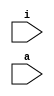
//modiffications by GabrielD at BigSurSoftware.com
module signed_test (i,a);
	input signed [7:0] i;

reg signed [63:0] data;
wire signed [7:0] vector;
input signed [31:0] a;

function signed [128:0] alu;
input w;

alu = 128'b0 + w;

endfunction

endmodule

module automatic_tf;

function automatic [63:0] factorial;
input [31:0] n; 
if (n == 1)
	factorial = 1; 
else
	factorial = n * factorial(n-1); 
endfunction


task automatic auto_task;
	input call;
	if (call) 
		auto_task(0); // automatic tasks are re-enterant
endtask


endmodule